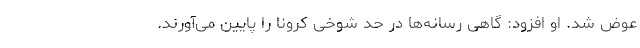
عوض شد. او افزود: گاهی رسانه‌ها در حد شوخی کرونا را پایین می‌آورند.